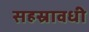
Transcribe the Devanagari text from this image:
सहस्रावधी